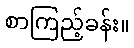
စာကြည့်ခန်း။